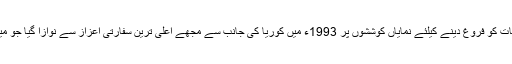
انہوں نے کہا کہ دونوں ملکوں کے درمیان مختلف شعبوں میں باہمی تعلقات کو فروغ دینے کیلئے نمایاں کوششوں پر 1993ء میں کوریا کی جانب سے مجھے اعلیٰ ترین سفارتی اعزاز سے نوازا گیا جو میرے لیے ایک بڑا اعزاز ہے اور اس کیلئے میں کوریا کا شکرگزار ہوں۔